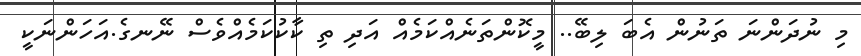
މި ނުދަންނަ ތަނުން އެބަ ލިބޭ.. މީކޮންތަނެއްކަމެއް އަދި ތި ކާކުކަމެއްވެސް ނޭނގެ.އަހަންނަކީ